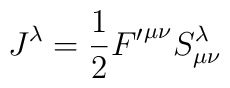
J^{\lambda}= \frac{1}{2}{F'}^{{\mu}{\nu}}S^{\lambda}_{{\mu}{\nu}}